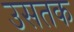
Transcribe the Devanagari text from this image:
उसतक